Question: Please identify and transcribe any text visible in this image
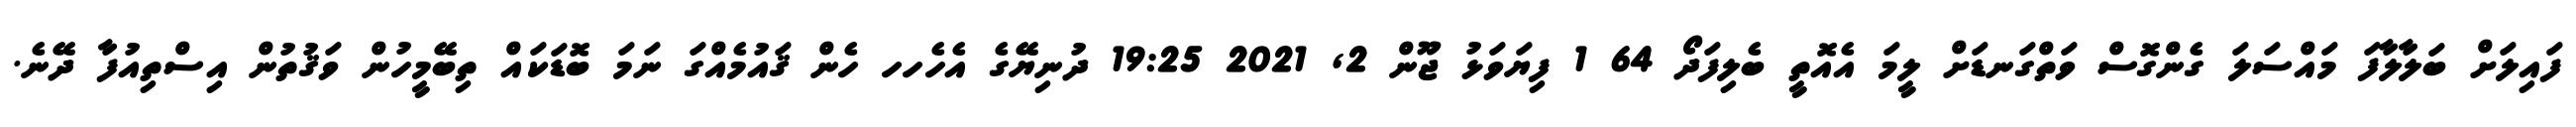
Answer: ފައިލަށް ބަލާލާފަ މައްސަލަ ގެންގޮސް ވަތްގަނޑަށް ލީމަ އެއޮތީ ބެލިފަދޯ 64 1 ފިޔަވަޅު ޖޫން 2, 2021 19:25 ދުނިޔޭގެ އެހެހހ ހެން ޤައުމެއްގަ ނަމަ ބޮޑަކައް ތިބޭމީހުން ވަޤުތުން އިސްތިއުފާ ދޭނެ.